Civil Veterinary Dept. North-West Frontier Province 1923-32 - 1923-1932
Year: 1923
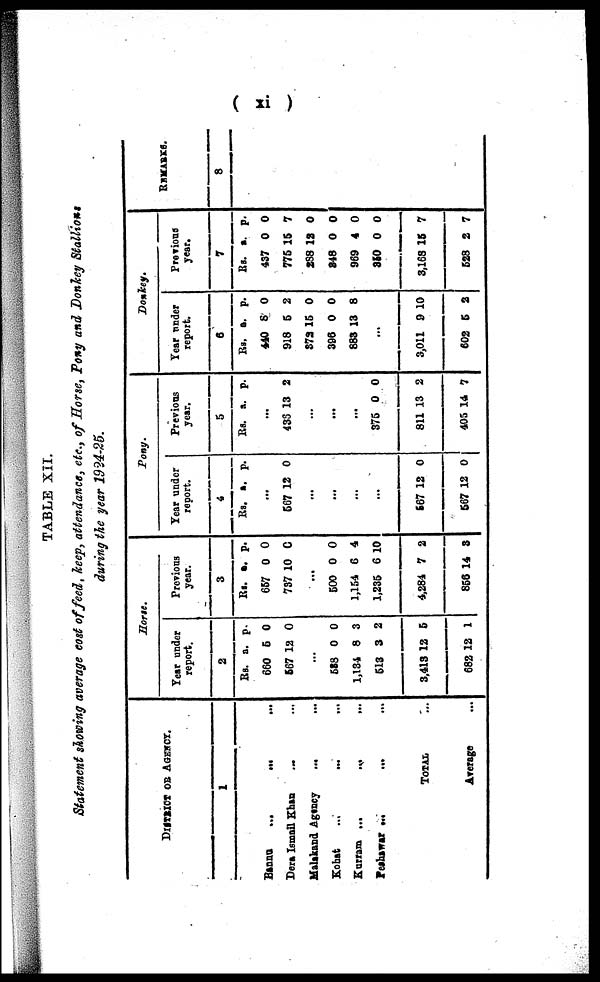
( xi )
TABLE XII.
Statement showing average cost of feed, keep, attendance, etc., of Horse, Pony and Donkey Stallions
during the year 1924-25.
DISTRICT OR AGENCY.
1
Bannu ... ...
Dera Ismail Khan ... ...
Malakand Agency ... ...
Kohat ... ... ...
Kurram ...
...
...
Peshawar ... ... ...
TOTAL ...
Average ...
Horse.
Year under
roport.
2
RS.
660
567
a.
5
12
p.
0
0
...
588
1,134
513
3,413
682
0
8
3
12
12
0
3
2
5
1
Previous
year.
3
Rs.
657
737
a.
0
10
p.
0
0
...
500
1,154
1,235
4,284
856
0
6
6
7
14
0
4
10
2
3
Pony.
Year under
report.
4
Rs. a. p.
...
567 12 0
...
...
...
...
567
567
12
12
0
0
Previous
year.
5
Rs. a. p.
...
436 13 2
...
...
...
375
811
405
0
13
14
0
2
7
Donkey.
Year under
report.
6
Rs.
440
918
372
396
883
a.
8
5
15
0
13
p.
0
2
0
0
8
...
3,011
602
9
5
10
2
Previous
year.
7
Rs.
437
775
288
348
969
350
3,168
528
a.
0
15
12
0
4
0
15
2
p.
0
7
0
0
0
0
7
7
REMARKS.
8